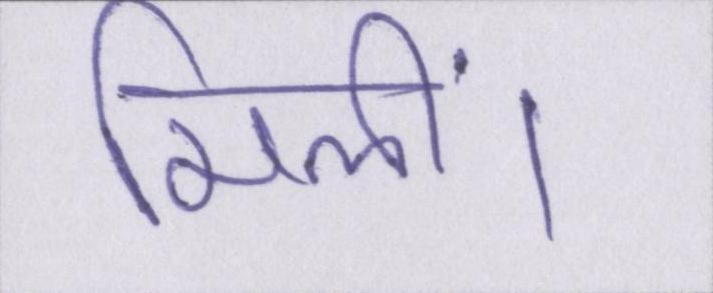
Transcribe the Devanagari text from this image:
मिलीं।